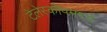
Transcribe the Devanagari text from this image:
टेलेस्कोपमध्ये